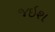
જઇશ